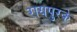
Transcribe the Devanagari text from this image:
रायपुरके